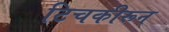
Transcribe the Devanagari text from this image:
टिचकीरून